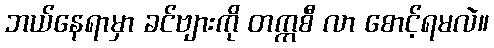
ဘယ်နေရာမှာ ခင်ဗျားကို တက္ကစီ လာ စောင့်ရမလဲ။